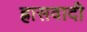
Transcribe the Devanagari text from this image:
ह्रासवादी